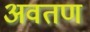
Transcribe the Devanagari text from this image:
अवतण